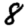
Digit: 8